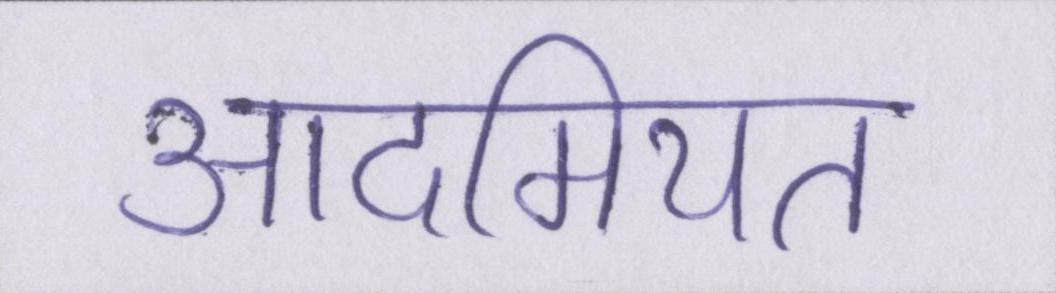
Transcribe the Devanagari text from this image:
आदमियत